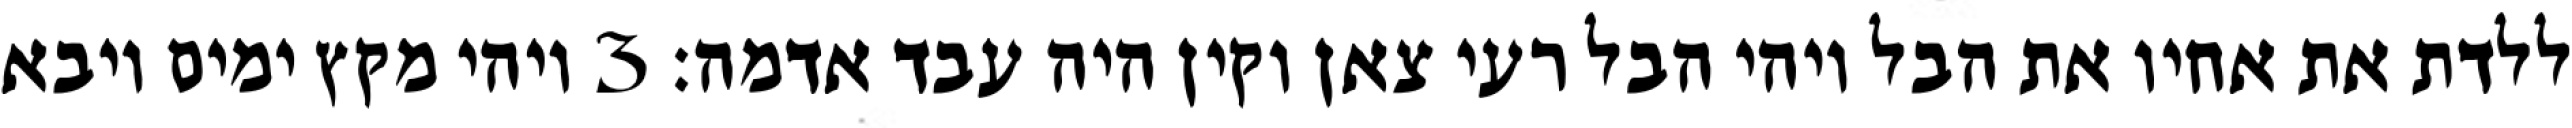
ללדת את אחיו את הבל ויהי הבל רעי צאן וקין היה עבד אדמה׃ ‎3‏ ויהי מקץ ימים ויבא